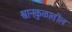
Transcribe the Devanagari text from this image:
श्वानकुळातील